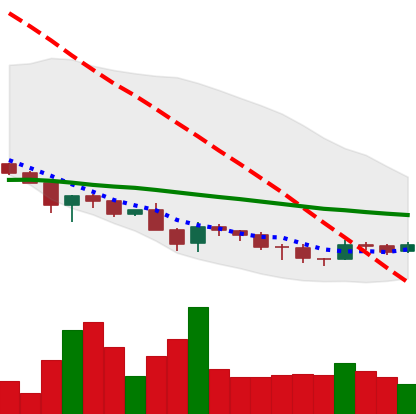
Ticker: DOGE-USD
Chart end date: 2018-12-01
Forward return: -6.8%
Label: down_5_7